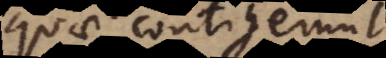
quae contige